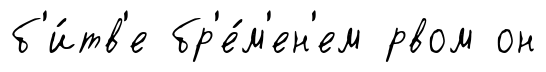
б'и́тв'е бр'е́м'ен'ем рвом он